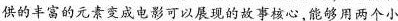
供的丰富的元素变成电影可以展现的故事核心,能够用两个小